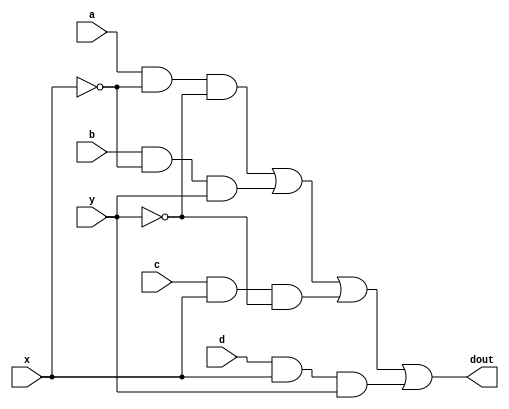
module multiplexer4_1 ( a ,b ,c ,d ,x ,y ,dout );

output dout ;

input a ;
input b ;
input c ;
input d ;
input x ;
input y ;

assign dout = (a & (~x) & (~y)) |
    (b & (~x) & (y)) | 
    (c & x & (~y)) |
    (d & x & y);

endmodule